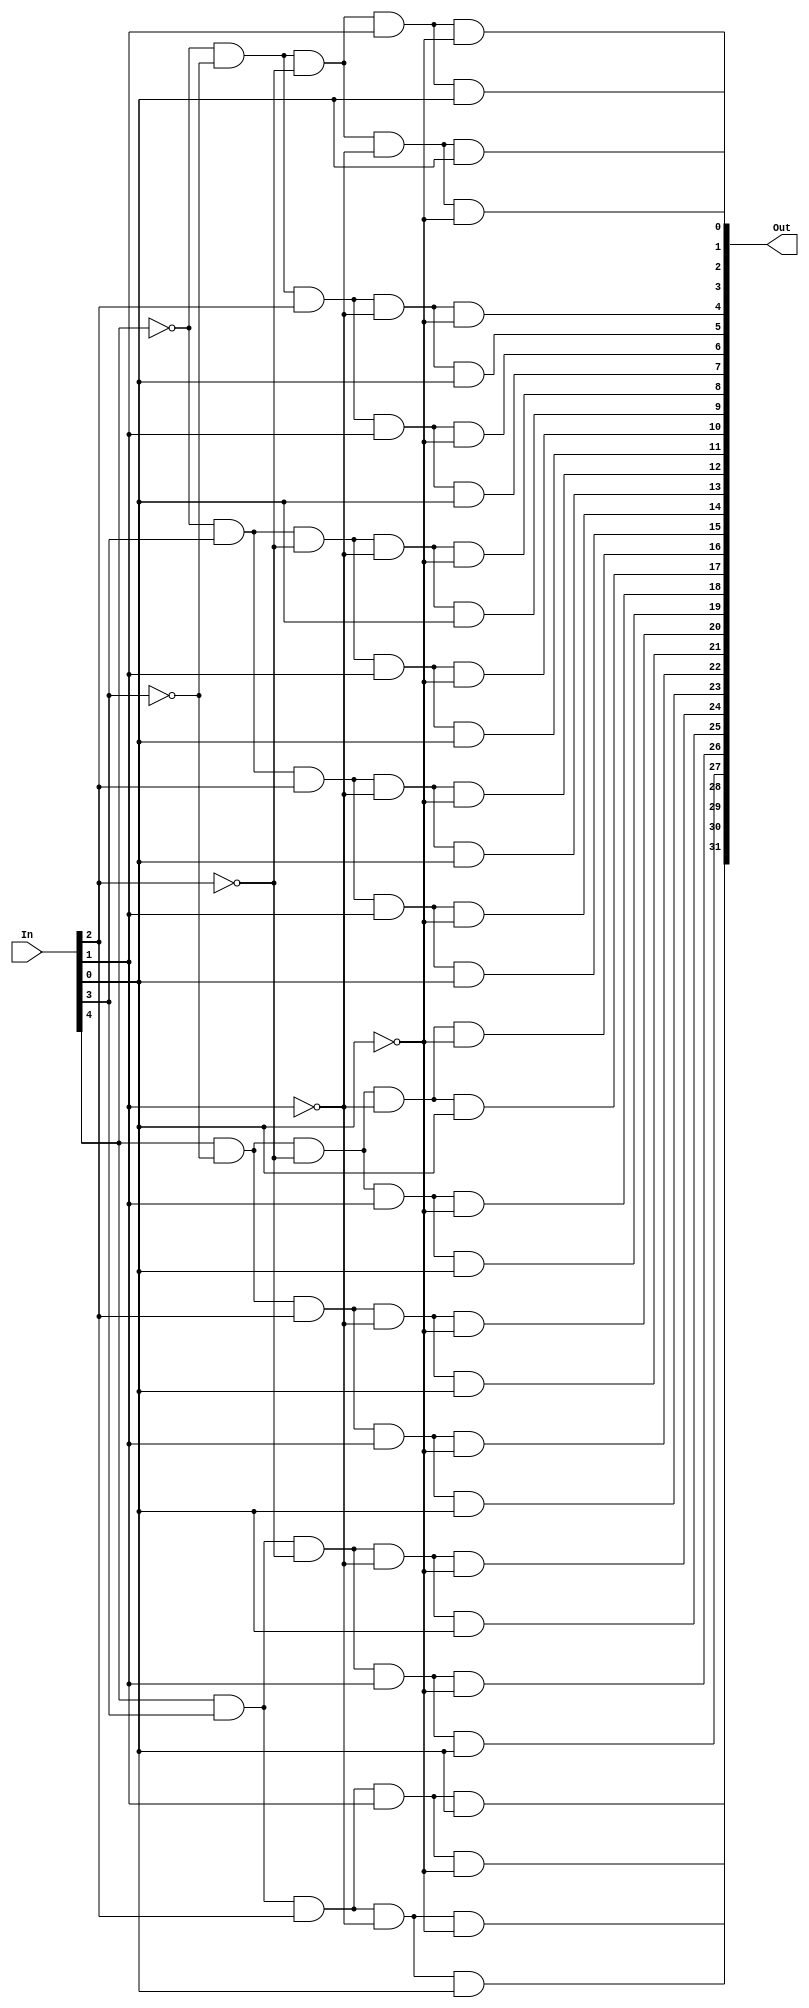
module decoder5_32(Out, In);
  input [4:0] In;
  output  [31:0] Out;
  assign  Out[0] = (~In[4] & ~In[3] & ~In[2] & ~In[1] & ~In[0]),
          Out[1] = (~In[4] & ~In[3] & ~In[2] & ~In[1] & In[0]),
          Out[2] = (~In[4] & ~In[3] & ~In[2] & In[1] & ~In[0]),
          Out[3] = (~In[4] & ~In[3] & ~In[2] & In[1] & In[0]),
          Out[4] = (~In[4] & ~In[3] & In[2] & ~In[1] & ~In[0]),
          Out[5] = (~In[4] & ~In[3] & In[2] & ~In[1] & In[0]),
          Out[6] = (~In[4] & ~In[3] & In[2] & In[1] & ~In[0]),
          Out[7] = (~In[4] & ~In[3] & In[2] & In[1] & In[0]),
          Out[8] = (~In[4] & In[3] & ~In[2] & ~In[1] & ~In[0]),
          Out[9] = (~In[4] & In[3] & ~In[2] & ~In[1] & In[0]),
          Out[10] = (~In[4] & In[3] & ~In[2] & In[1] & ~In[0]),
          Out[11] = (~In[4] & In[3] & ~In[2] & In[1] & In[0]),
          Out[12] = (~In[4] & In[3] & In[2] & ~In[1] & ~In[0]),
          Out[13] = (~In[4] & In[3] & In[2] & ~In[1] & In[0]),
          Out[14] = (~In[4] & In[3] & In[2] & In[1] & ~In[0]),
          Out[15] = (~In[4] & In[3] & In[2] & In[1] & In[0]),
          Out[16] = (In[4] & ~In[3] & ~In[2] & ~In[1] & ~In[0]),
          Out[17] = (In[4] & ~In[3] & ~In[2] & ~In[1] & In[0]),
          Out[18] = (In[4] & ~In[3] & ~In[2] & In[1] & ~In[0]),
          Out[19] = (In[4] & ~In[3] & ~In[2] & In[1] & In[0]),
          Out[20] = (In[4] & ~In[3] & In[2] & ~In[1] & ~In[0]),
          Out[21] = (In[4] & ~In[3] & In[2] & ~In[1] & In[0]),
          Out[22] = (In[4] & ~In[3] & In[2] & In[1] & ~In[0]),
          Out[23] = (In[4] & ~In[3] & In[2] & In[1] & In[0]),
          Out[24] = (In[4] & In[3] & ~In[2] & ~In[1] & ~In[0]),
          Out[25] = (In[4] & In[3] & ~In[2] & ~In[1] & In[0]),
          Out[26] = (In[4] & In[3] & ~In[2] & In[1] & ~In[0]),
          Out[27] = (In[4] & In[3] & ~In[2] & In[1] & In[0]),
          Out[28] = (In[4] & In[3] & In[2] & ~In[1] & ~In[0]),
          Out[29] = (In[4] & In[3] & In[2] & ~In[1] & In[0]),
          Out[30] = (In[4] & In[3] & In[2] & In[1] & ~In[0]),
          Out[31] = (In[4] & In[3] & In[2] & In[1] & In[0]);
endmodule